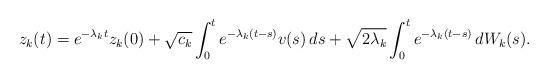
LaTeX: \begin{align*}z_k(t)= e^{-\lambda_k t} z_k(0) + \sqrt{c_k} \int_0^t e^{-\lambda_k(t-s)} v(s) \, ds + \sqrt{2\lambda_k} \int_0^t e^{-\lambda_k (t-s) } \, dW_k(s).\end{align*}